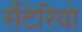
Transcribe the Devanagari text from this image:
सैंटेरियो